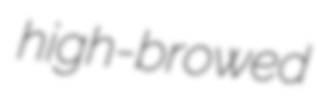
high-browed